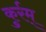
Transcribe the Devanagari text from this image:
कुर्रम्